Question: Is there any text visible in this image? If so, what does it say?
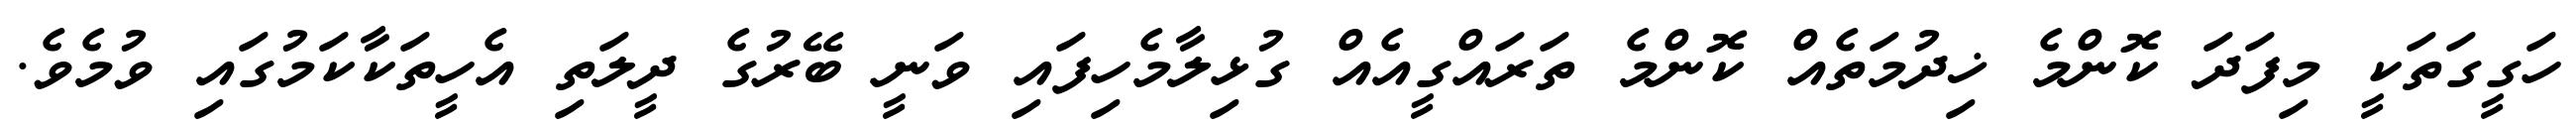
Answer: ހަގީގަތަކީ މިފަދަ ކޮންމެ ޚިދުމަތެއް ކޮންމެ ތަރައްގީއެއް ގުޅިލާމެހިފައި ވަނީ ބޭރުގެ ދީލަތި އެހީތަކާކަމުގައި ވުމެވެ.